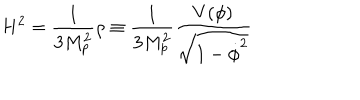
LaTeX: H ^ { 2 } = { \frac { 1 } { 3 M _ { p } ^ { 2 } } } \rho \equiv { \frac { 1 } { 3 M _ { p } ^ { 2 } } } { \frac { V ( \phi ) } { \sqrt { 1 - \dot { \phi } ^ { 2 } } } }